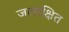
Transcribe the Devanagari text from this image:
जलरक्षित